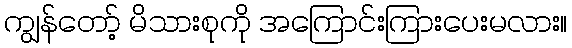
ကျွန်တော့် မိသားစုကို အကြောင်းကြားပေးမလား။